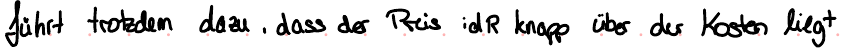
führt trotzdem dazu, dass der Preis idR knapp über der Kosten liegt